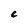
Character: C